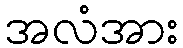
အလံအား